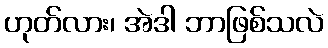
ဟုတ်လား၊ အဲဒါ ဘာဖြစ်သလဲ